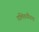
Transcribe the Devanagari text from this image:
गलितयौवना